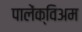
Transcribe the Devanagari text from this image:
पालेंक्विअम